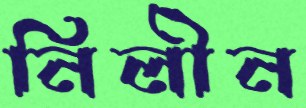
নিলীন